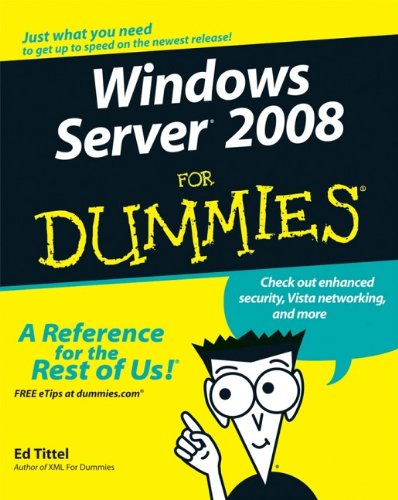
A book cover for Windows Server 2008 For Dummies; Ed Tittel; Computers & Technology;